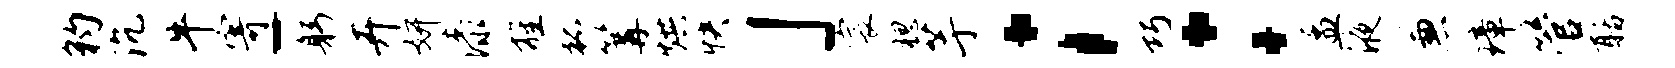
豹沉牛寄-躬卉妍漆旌狐篝烘快」宸腮芋；巧：孟液兼璋管聒